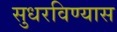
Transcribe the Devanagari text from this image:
सुधरविण्यास